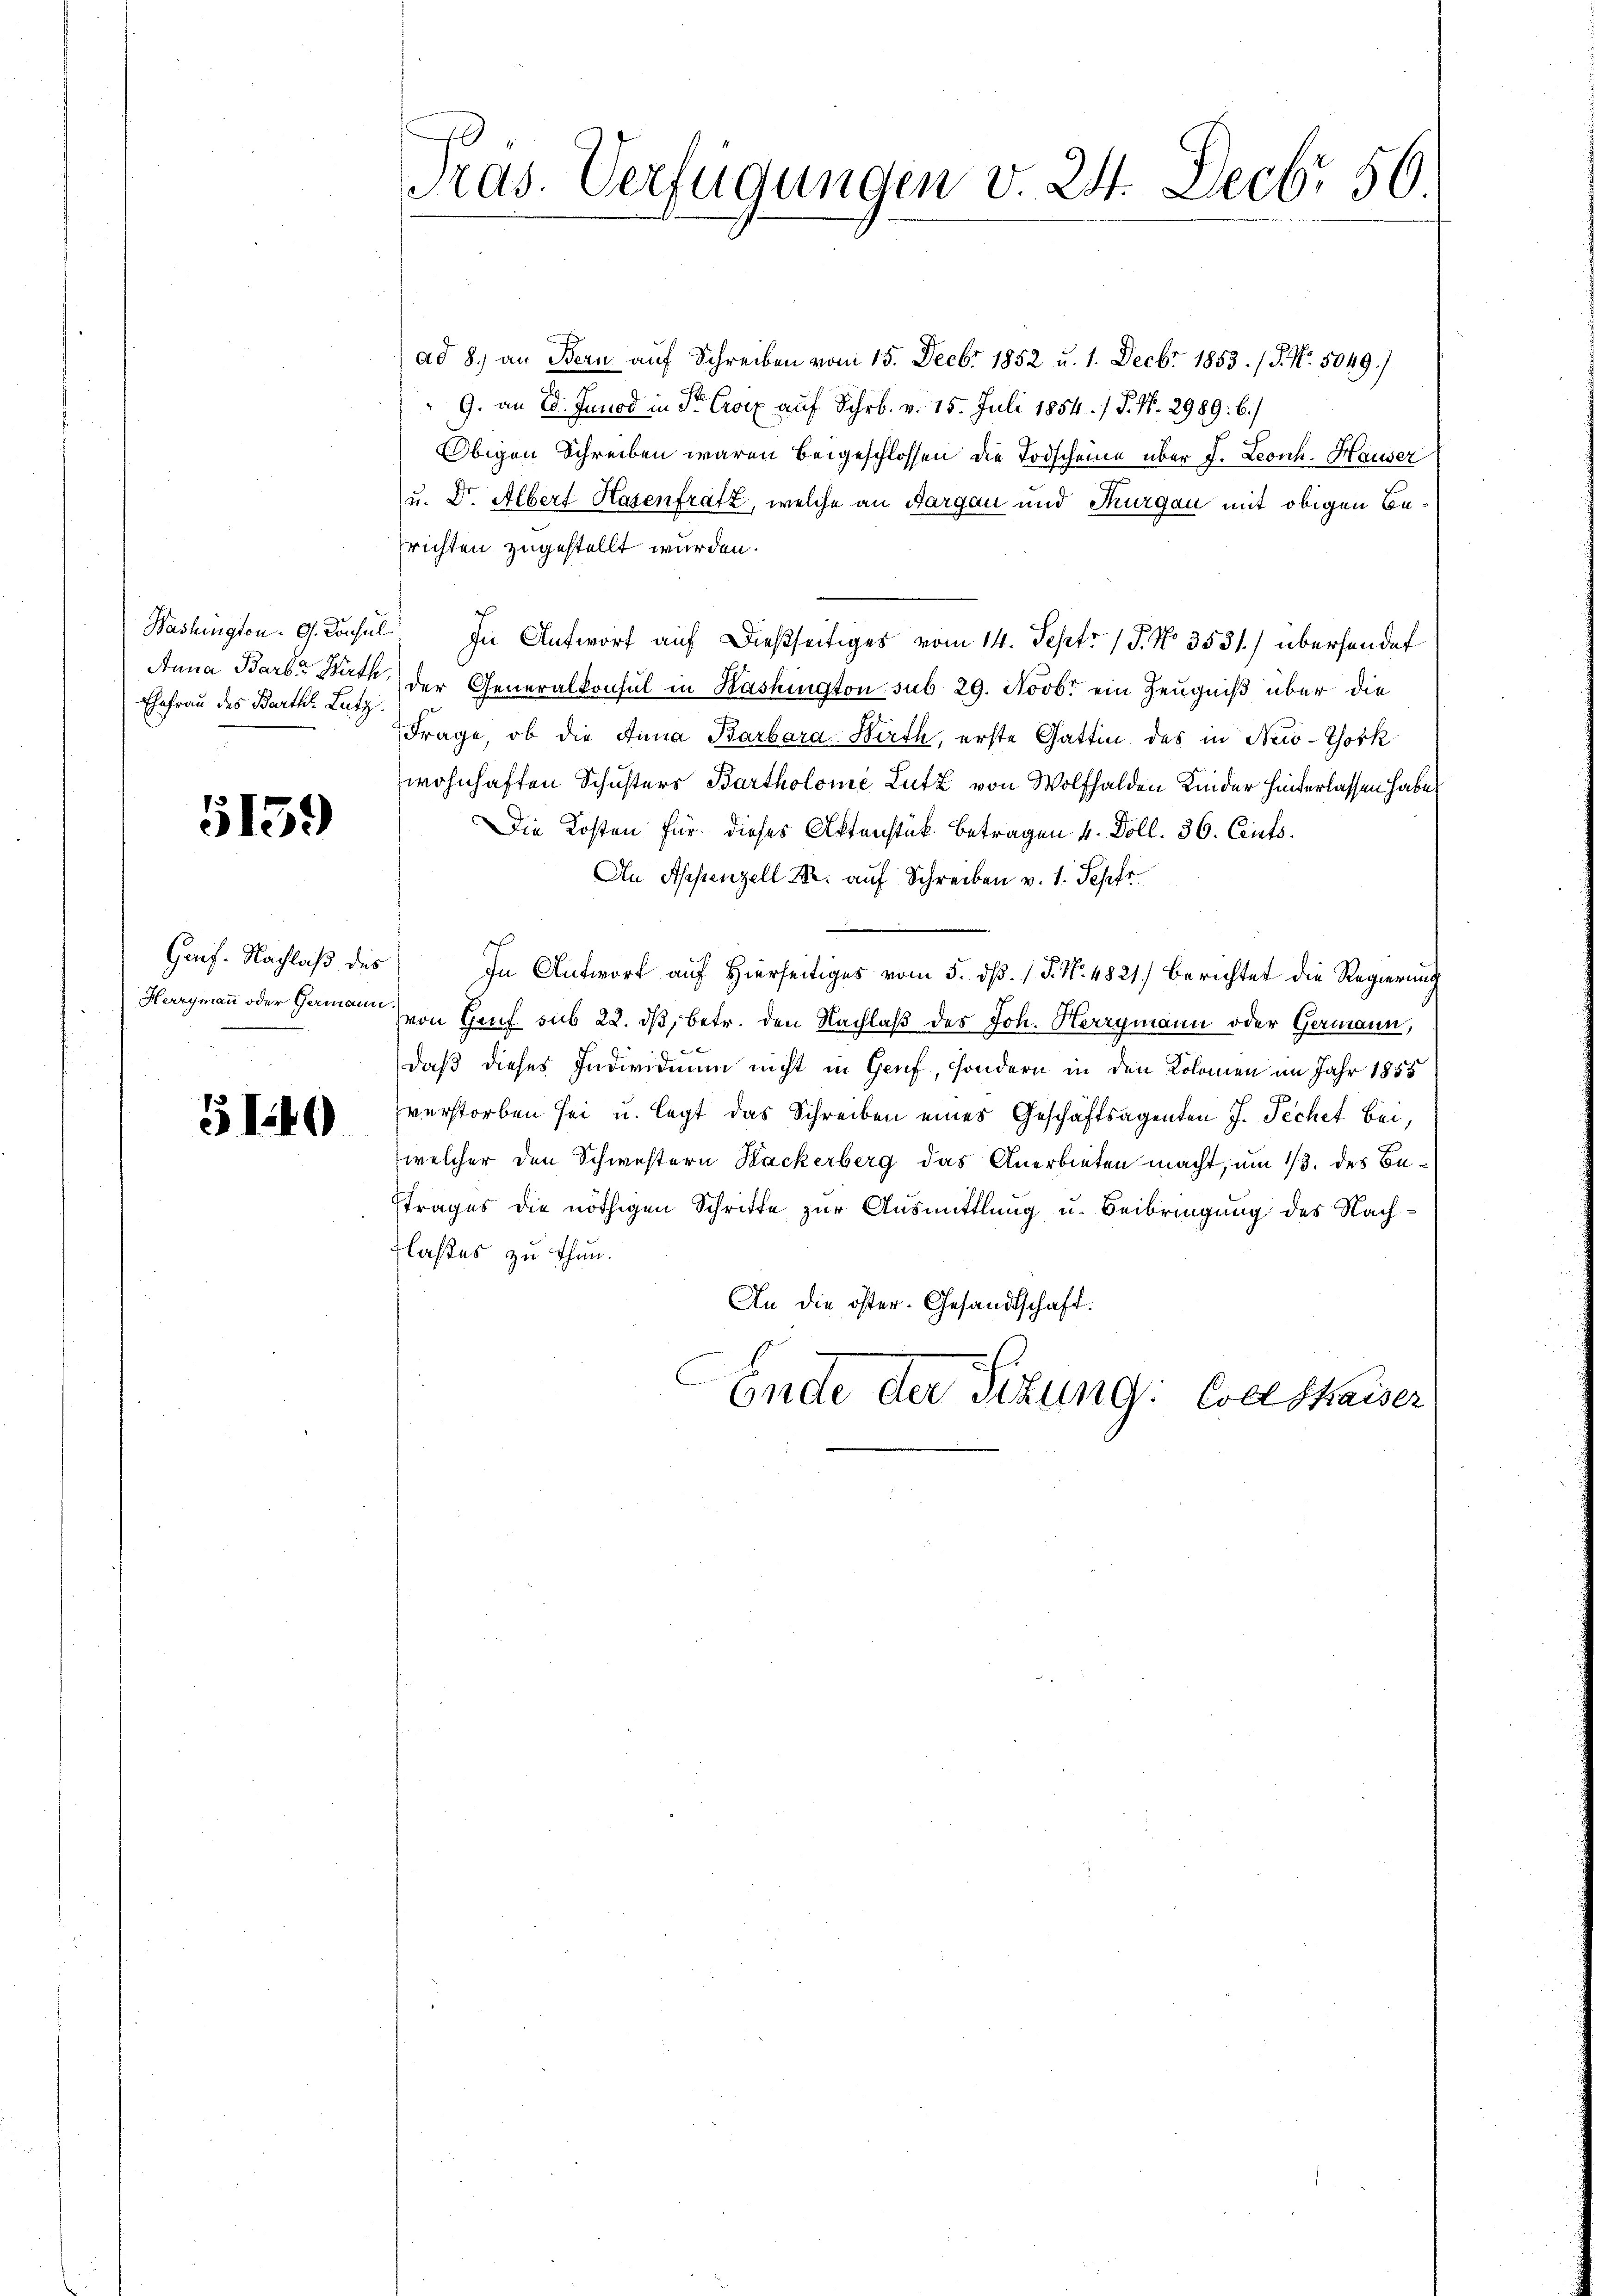
Anna Barb. Wirth,
Ehefrau des Barthil. Lutz

5139

Ginf. Nachlaß des

5140

ad 8. an Bern auf Schreiben vom 15. Decbr. 1852 u. 1. Decbr 1853. / 5. No. 5049.)
" 9. an 28. Junod in Fr Croix auf Schr. v. 15. Juli 1854 / P. Nr. 2989: 6/
Obigen Schreiben waren beigeschlossen die Todscheine über d. Leonh. Hauser
u. Dr. Albert Hasenfratz, welche an Aargau und Thurgau mit obigen Berichten zugestellt wurden.
Washington. G. Konsul) In Antwort auf dießseitiges vom 14. Sept. 15. No 3531) überhandet
der Generalkonsul in Washington sub 29. Novbr ein Zeugniß über die
Frage, ob die Anna Barbara Wirth, erste Gattin des in New-York
wohnhaften Schusters Bartholome Lutz von Wolfhalden Kinder hinterlassen habe,
Die Kosten für dieses Aktenstük betragen 4. Doll. 36. Cents.
An Appenzell Kr. auf Schreiben v. 1. Sepfe
In Antwort auf Hierseitiges vom 5. d. 1 S. N. 4821) berichtet die Regierung
Hergmann oder Hammen von Genf sub 22. ds, betr. den Nachlaß des Joh. Herrgmann oder Germann,
daß dieses Individuum nicht in Genf, sondern in den Kolomen im Jahr 1855
verstorben sei u. legt das Schreiben eines Geschäftsagenten J. Pechet bei,
welcher den Schwestern Backerberg das Anerbieten macht, um 1/3. des Betrages die nöthigen Schritte zur Ausmittlung u. Beibringung des Nach¬
Flaßes zu thun.
An die öster. Gesandtschaft.
Ende der Sitzung: Code kaiser

Tras. Verfügungen v. 24. Decbr 56